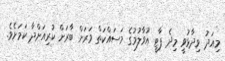
މިއަދު ވިދާޅުވީ މިދެ ޕާޓީ އުވާލުމުގެ މަސައްކަތް ވަރަށް ބާރަށް ކުރިއަށްދާ ކަމަށެވެ.